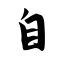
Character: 自